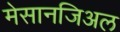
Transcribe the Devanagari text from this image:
मेसानजिअल